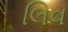
લિવ